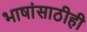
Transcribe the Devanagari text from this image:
भाषांसाठीही